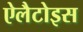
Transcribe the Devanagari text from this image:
ऐलैटोइस